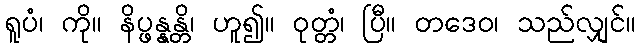
ရူပံ၊ ကို။ နိပ္ဖန္နန္တိ၊ ဟူ၍။ ဝုတ္တံ၊ ပြီ။ တဒေဝ၊ သည်လျှင်။